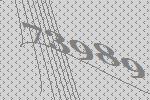
73989